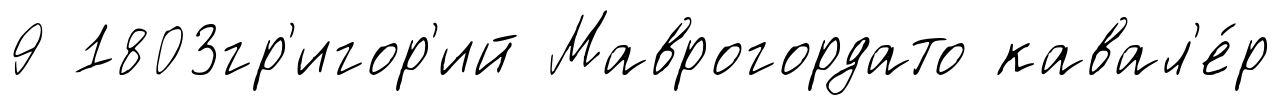
9 1803гр'игор'ий Маврогордато кавал'е́р